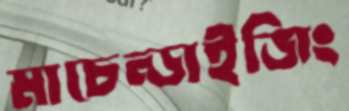
মাচেন্ডাইজিং